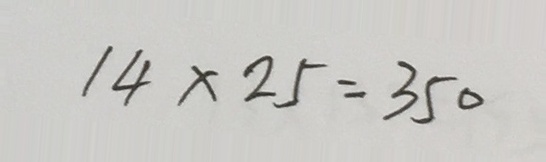
1 4 \times 2 5 = 3 5 0